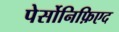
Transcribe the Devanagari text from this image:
पेर्सोनिफ़िएद